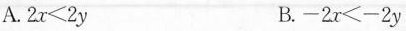
A.$$2 x < 2 y$$ B.$$- 2 x < - 2 y$$